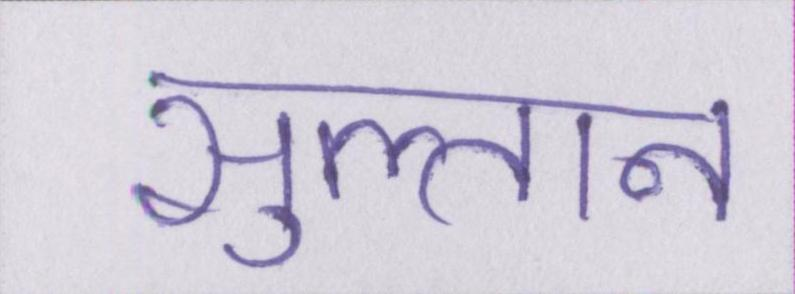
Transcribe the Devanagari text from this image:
सुल्तान